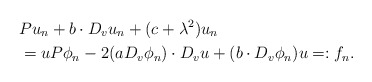
\begin{align*} & P u_n + b \cdot D_v u_n + (c+\lambda^2) u_n\\ & = u P \phi_n - 2 (a D_v \phi_n) \cdot D_v u + (b \cdot D_v \phi_n) u =: f_n.\end{align*}